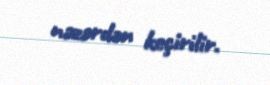
nəzərdən keçirilir.